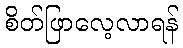
စိတ်ဖြာလေ့လာရန်